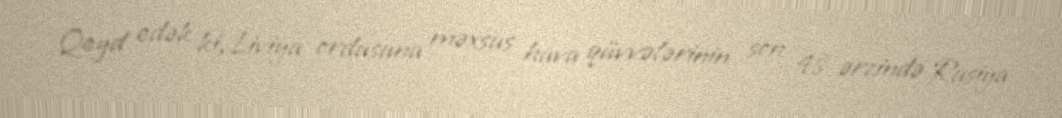
Qeyd edək ki, Liviya ordusuna məxsus hava qüvvələrinin son 48 ərzində Rusiya